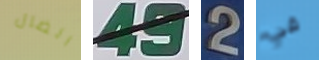
الضال 49 2 في